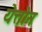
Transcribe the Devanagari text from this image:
येत्तोन